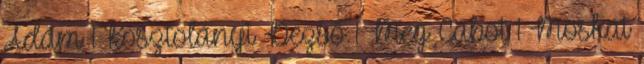
Ádám 1 Kosztolányi Dezső 1 Meg Cabot 1 Moskát